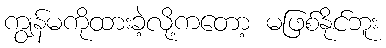
ကျွန်မကိုထားခဲ့လို့ကတော့ မဖြစ်နိုင်ဘူး